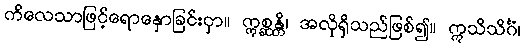
ကိလေသာဖြင့်ရောနှောခြင်းငှာ။ ဣစ္ဆန္တိ၊ အလိုရှိသည်ဖြစ်၍။ ဣသိသိင်္ဂံ၊